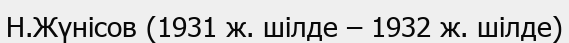
Н.Жүнісов (1931 ж. шілде – 1932 ж. шілде)